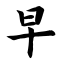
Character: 早